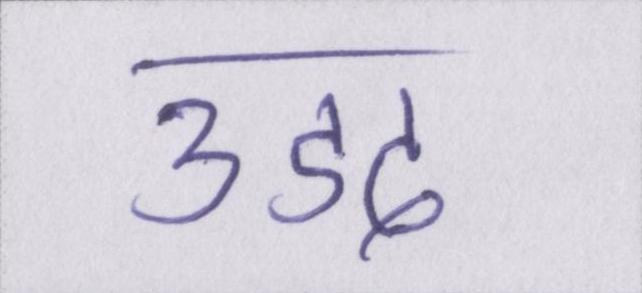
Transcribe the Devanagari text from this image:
उडद